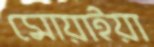
মোয়াইয়া